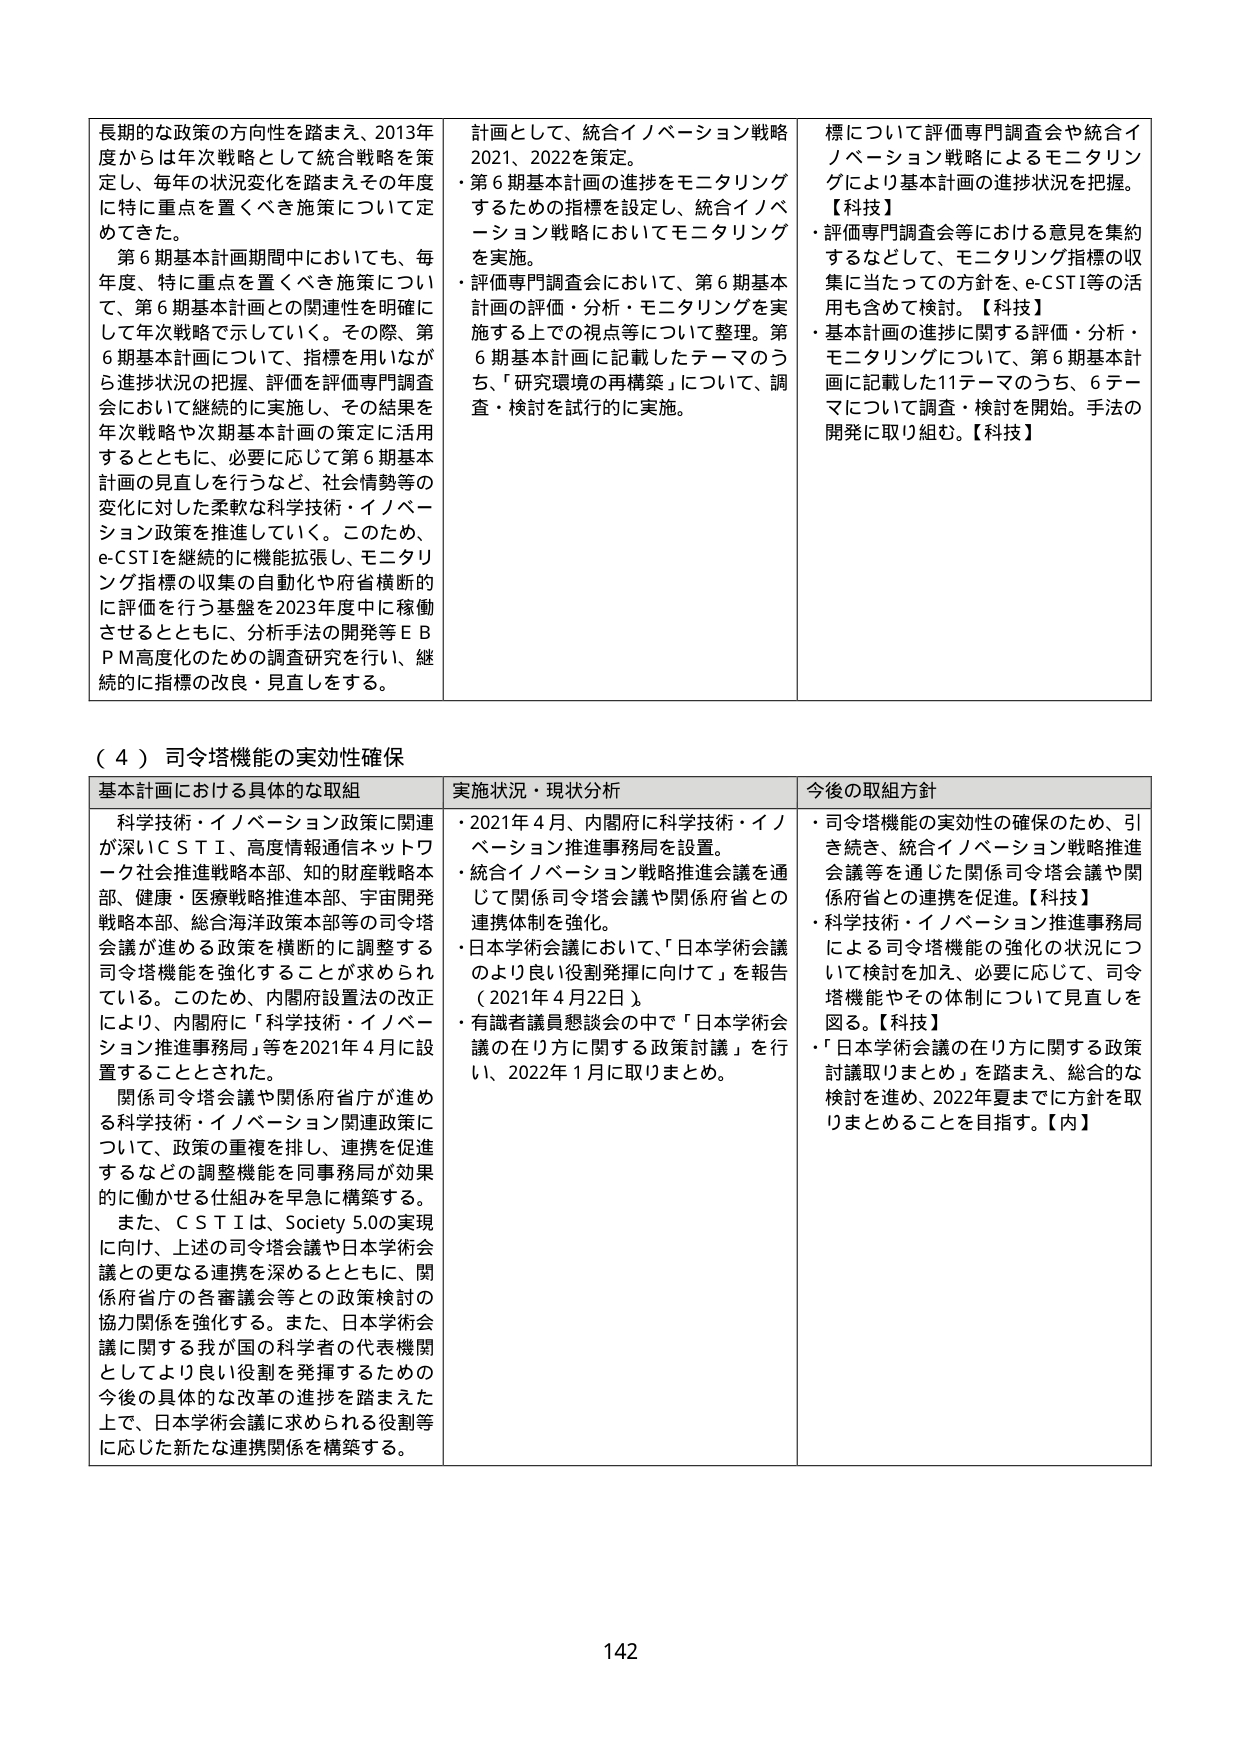
長期的な政策の方向性を踏まえ、2013年度からは年次戦略として統合戦略を策定し、毎年の状況変化を踏まえその年度に特に重点を置くべき施策について定めてきた。

第6期基本計画期間中においても、毎年度、特に重点を置くべき施策について、第6期基本計画との関連性を明確にして年次戦略で示していく。その際、第6期基本計画について、指標を用いながら進捗状況の把握、評価を評価専門調査会において継続的に実施し、その結果を年次戦略や次期基本計画の策定に活用するとともに、必要に応じて第6期基本計画の見直しを行うなど、社会情勢等の変化に対応した柔軟な科学技術・イノベーション政策を推進していく。このため、e-CSTIを継続的に機能拡張し、モニタリング指標の収集の自動化や府省横断的に評価を行う基盤を2023年度中に稼働させるとともに、分析手法の開発等EBPM高度化のための調査研究を行い、継続的に指標の改良・見直しをする。

計画として、統合イノベーション戦略2021、2022を策定。

・第6期基本計画の進捗をモニタリングするための指標を設定し、統合イノベーション戦略においてモニタリングを実施。

・評価専門調査会において、第6期基本計画の評価・分析・モニタリングを実施する上での視点等について整理。第6期基本計画に記載したテーマのうち、「研究環境の再構築」について、調査・検討を試行的に実施。

標について評価専門調査会や統合イノベーション戦略によるモニタリングにより基本計画の進捗状況を把握。

【科技】

・評価専門調査会等における意見を集約するなどして、モニタリング指標の収集に当たっての方針を、e-CSTI等の活用も含めて検討。【科技】

・基本計画の進捗に関する評価・分析・モニタリングについて、第6期基本計画に記載した11テーマのうち、6テーマについて調査・検討を開始。手法の開発に取り組む。【科技】

（４）司令塔機能の実効性確保

基本計画における具体的な取組

科学技術・イノベーション政策に関連が深いＣＳＴＩ、高度情報通信ネットワーク社会推進戦略本部、知的財産戦略本部、健康・医療戦略推進本部、宇宙開発戦略本部、総合海洋洋政策本部等の司令塔会議が進める政策を横断的に調整する司令塔機能を強化することが求められている。このため、内閣府設置法の改正により、内閣府に「科学技術・イノベーション推進事務局」等を2021年4月に設置することとされた。

関係司令塔会議や関係府省庁が進める科学技術・イノベーション関連政策について、政策の重複を排し、連携を促進するなどの調整機能を同事務局が効果的に働かせる仕組みを早急に構築する。

また、ＣＳＴＩは、Society 5.0の実現に向け、上述の司令塔会議や日本学術会議との更なる連携を深めるとともに、関係府省庁の各審議会等との政策検討の協力関係を強化する。また、日本学術会議に関する我が国の科学者の代表機関としてより良い役割を発揮するための今後の具体的な改革の進捗を踏まえた上で、日本学術会議に求められる役割等に応じた新たな連携関係を構築する。

実施状況・現状分析

・2021年4月、内閣府に科学技術・イノベーション推進事務局を設置。

・統合イノベーション戦略推進会議を通じて関係司令塔会議や関係府省との連携体制を強化。

・日本学術会議において、「日本学術会議のより良い役割発揮に向けて」を報告（2021年4月22日）。

・有識者議員懇談会の中で「日本学術会議の在り方に関する政策討議」を行い、2022年1月に取りまとめ。

今後の取組方針

・司令塔機能の実効性の確保のため、引き続き、統合イノベーション戦略推進会議等を通じた関係司令塔会議や関係府省との連携を促進。【科技】

・科学技術・イノベーション推進事務局による司令塔機能の強化の状況について検討を加え、必要に応じて、司令塔機能やその体制について見直しを図る。【科技】

・「日本学術会議の在り方に関する政策討議取りまとめ」を踏まえ、総合的な検討を進め、2022年夏までに方針を取りまとめることを目指す。【内】

142